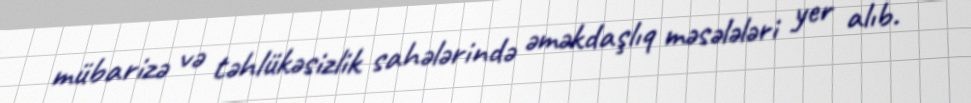
mübarizə və təhlükəsizlik sahələrində əməkdaşlıq məsələləri yer alıb.